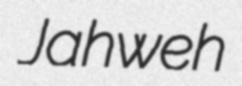
Jahweh